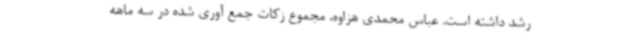
رشد داشته است. عباس محمدی هزاوه، مجموع زکات جمع آوری شده در سه ماهه